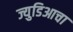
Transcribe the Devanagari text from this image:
ज्युडिआचा